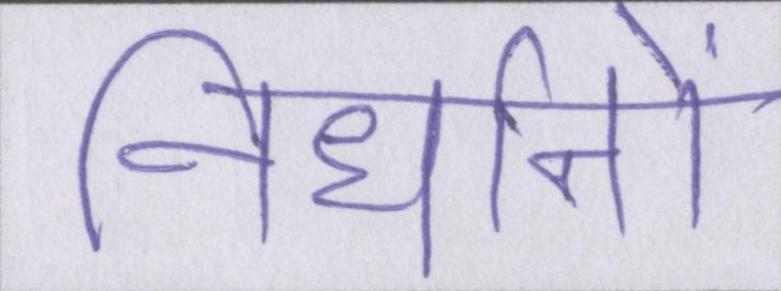
निर्धानों